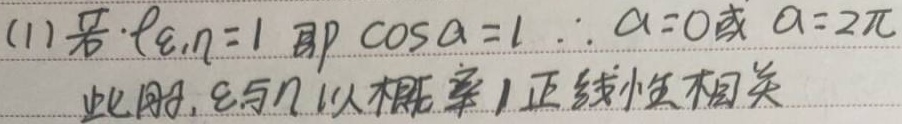
(1)若\(\rho,n = 1\)即\(\cos\alpha = 1\)，\(\therefore\alpha = 0\)或\(\alpha = 2\pi\)，此时，\(\xi\)与\(\eta\)以概率\(1\)正线性相关。